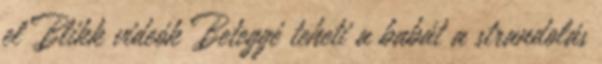
el Blikk videók Beteggé teheti a babát a strandolás